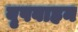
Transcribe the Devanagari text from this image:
वृषवाहन